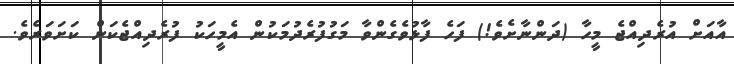
އާއަށް އުރެދިއްޖެ މީހާ (ދަންނާށެވެ!) ފަހެ ފާޅުވެގެންވާ މަގުފުރެދުމަކުން އެމީހަކު ފުރެދިއްޖެކަން ކަށަވަރެވެ.